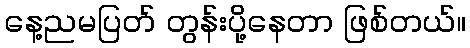
နေ့ညမပြတ် တွန်းပို့နေတာ ဖြစ်တယ်။